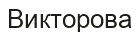
Викторова